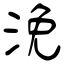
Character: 浼